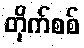
တိုက်စစ်